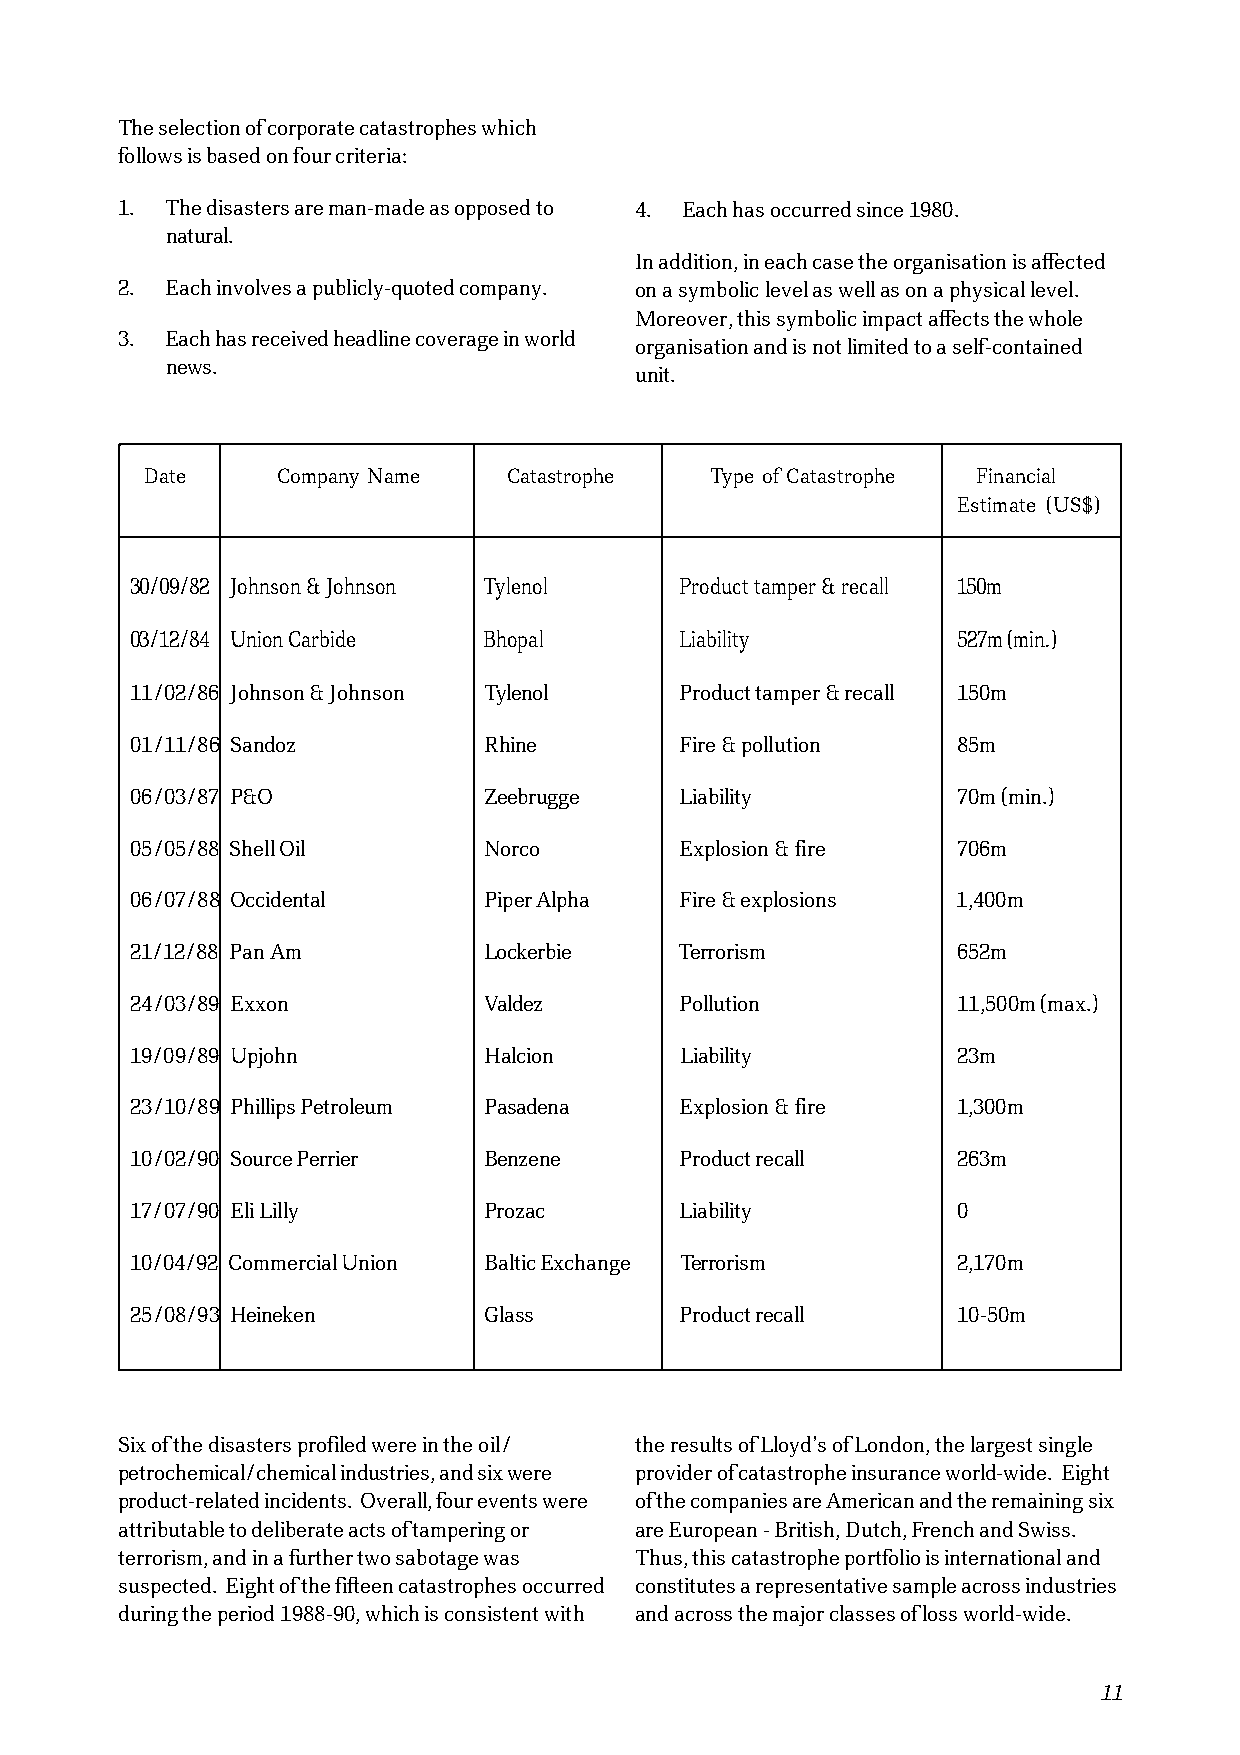
The selection of corporate catastrophes which
 follows is based on four criteria:
 1. The disasters are man-made as opposed to 4. Each has occurred since 1980.
 natural.
 In addition, in each case the organisation is affected
 2. Each involves a publicly-quoted company. on a symbolic level as well as on a physical level.
 Moreover, this symbolic impact affects the whole
 3. Each has received headline coverage in world
 organisation and is not limited to a self-contained
 news.
 unit.
 Date    Company Name    Catastrophe  Type of Catastrophe Financial
 Estimate (US$)
 30/09/82 Johnson & Johnson Tylenol  Product tamper & recall 150m
 03/12/84 Union Carbide Bhopal       Liability         527m (min.)
 11/02/86 Johnson & Johnson Tylenol  Product tamper & recall 150m
 01/11/86 Sandoz        Rhine        Fire & pollution  85m
 06/03/87 P&O           Zeebrugge    Liability         70m (min.)
 05/05/88 Shell Oil     Norco        Explosion & fire  706m
 06/07/88 Occidental    Piper Alpha  Fire & explosions 1,400m
 21/12/88 Pan Am        Lockerbie    Terrorism         652m
 24/03/89 Exxon         Valdez       Pollution         11,500m (max.)
 19/09/89 Upjohn        Halcion      Liability         23m
 23/10/89 Phillips Petroleum Pasadena Explosion & fire 1,300m
 10/02/90 Source Perrier Benzene     Product recall    263m
 17/07/90 Eli Lilly     Prozac       Liability         0
 10/04/92 Commercial Union Baltic Exchange Terrorism   2,170m
 25/08/93 Heineken      Glass        Product recall    10-50m
 Six of the disasters profiled were in the oil/ the results of Lloyd’s of London, the largest single
 petrochemical/chemical industries, and six were provider of catastrophe insurance world-wide. Eight
 product-related incidents. Overall, four events were of the companies are American and the remaining six
 attributable to deliberate acts of tampering or are European - British, Dutch, French and Swiss.
 terrorism, and in a further two sabotage was Thus, this catastrophe portfolio is international and
 suspected. Eight of the fifteen catastrophes occurred constitutes a representative sample across industries
 during the period 1988-90, which is consistent with and across the major classes of loss world-wide.
 11